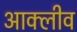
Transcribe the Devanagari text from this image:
आक्लीव